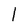
Character: l